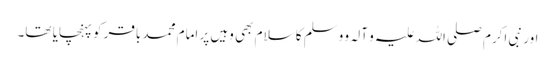
اور نبی اکرم صلی اللہ علیہ و آلہ و وسلم کا سلام بھی وہیں پر امام محمد باقر کو پہنچایا تھا۔